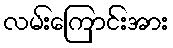
လမ်းကြောင်းအား